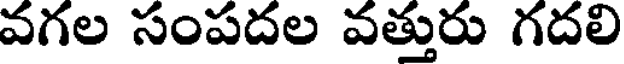
వగల సంపదల వత్తురు గదలి